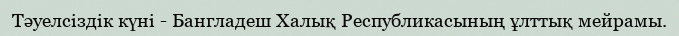
Тәуелсіздік күні - Бангладеш Халық Республикасының ұлттық мейрамы.